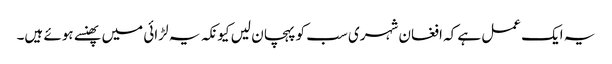
یہ ایک عمل ہے کہ افغان شہری سب کو پہچان لیں کیونکہ یہ لڑائی میں پھنسے ہوئے ہیں۔